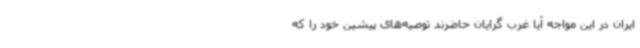
ایران در این مواجه آیا غرب گرایان حاضرند توصیه‌های پیشین خود را که